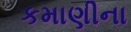
કમાણીના